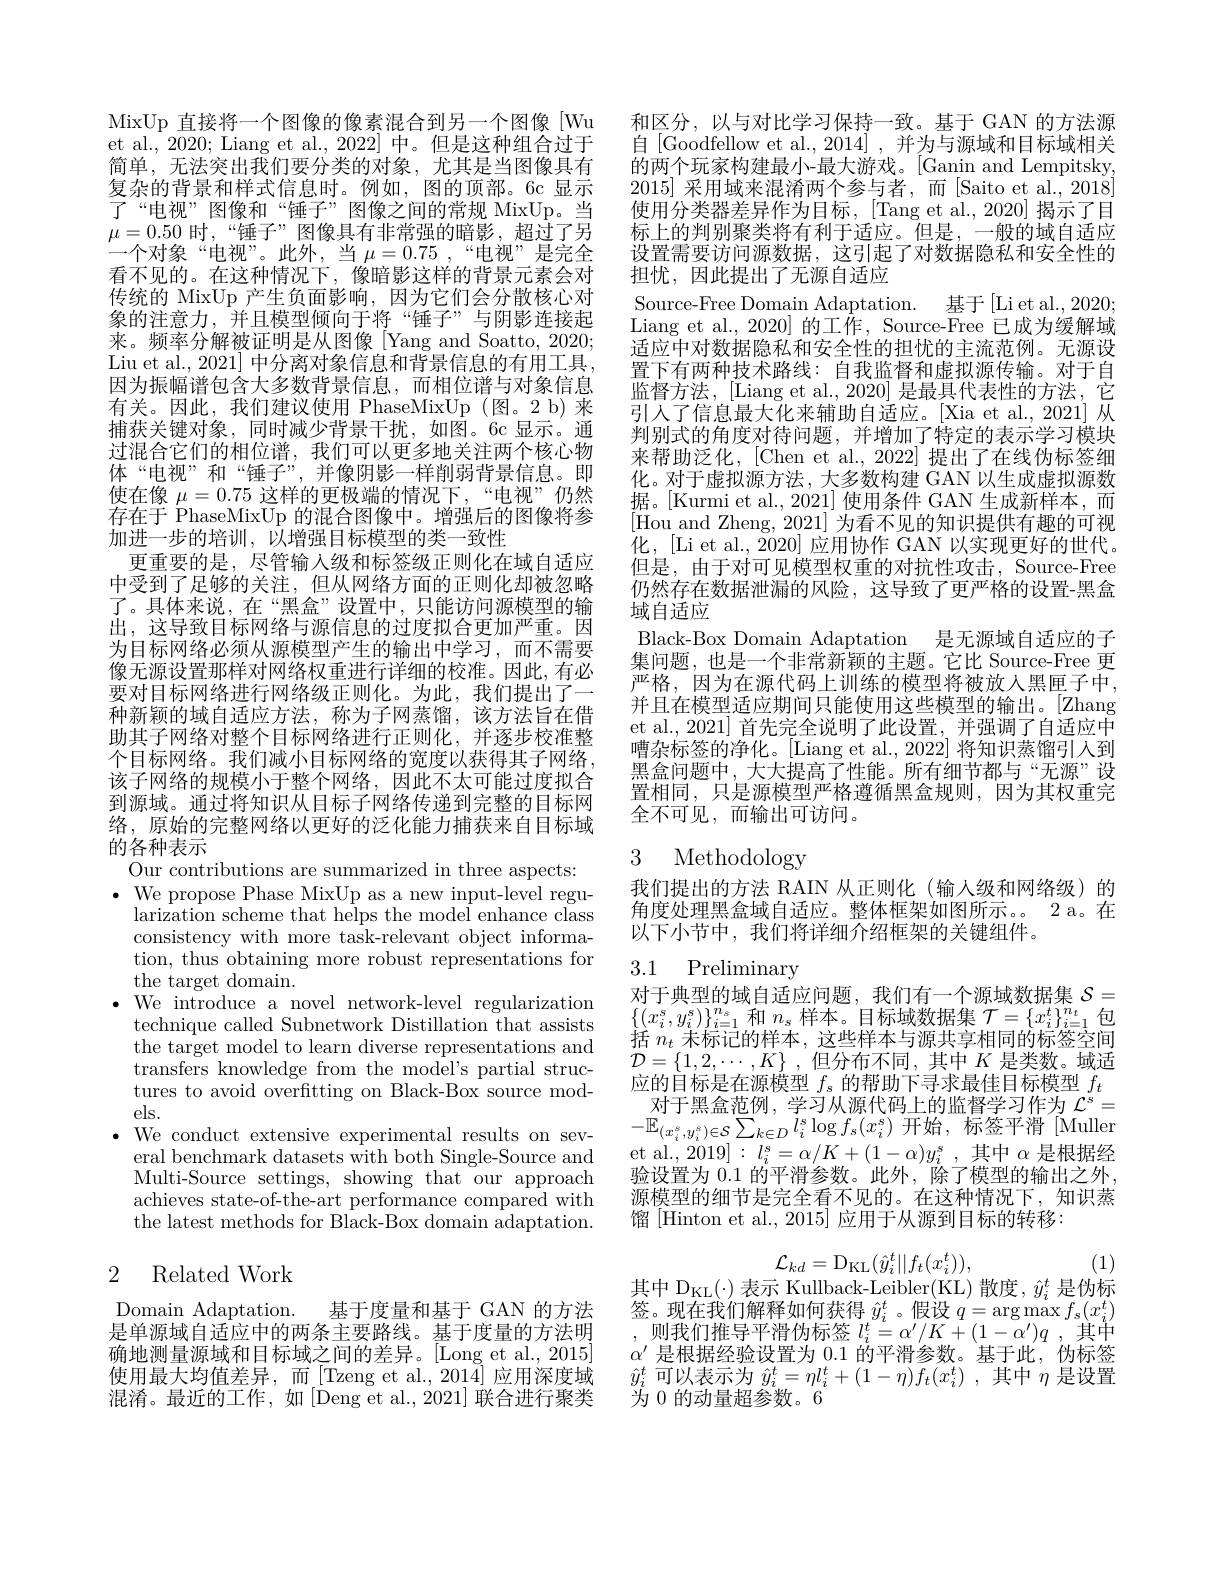
MixUp 直接将一个图像的像素混合到另一个图像[Wu et al., 2020; Liang et al., 2022] 中。但是这种组合过于简单，无法突出我们要分类的对象，尤其是当图像具有复杂的背景和样式信息时。例如，图的顶部。6c 显示了“电视”图像和“锤子”图像之间的常规 MixUp。当$\mu=0.50$时，“锤子”图像具有非常强的暗影，超过了另一个对象“电视”。此外，当$\mu=0.75$,“电视”是完全看不见的。在这种情况下，像暗影这样的背景元素会对传统的 MixUp 产生负面影响，因为它们会分散核心对象的注意力，并且模型倾向于将“锤子”与阴影连接起来。频率分解被证明是从图像[Yang and Soatto, 2020; Liu et al., 2021] 中分离对象信息和背景信息的有用工具因为振幅谱包含大多数背景信息，而相位谱与对象信息有关。因此，我们建议使用 PhaseMixUp(图。2 b)来捕获关键对象，同时减少背景干扰，如图。6c 显示。通过混合它们的相位谱，我们可以更多地关注两个核心物体“电视”和“锤子”,并像阴影一样削弱背景信息。即使在像$\mu=0.75$这样的更极端的情况下，“电视”仍然存在于 PhaseMixUp 的混合图像中。增强后的图像将参加进一步的培训，以增强目标模型的类一致性
更重要的是，尽管输入级和标签级正则化在域自适应中受到了足够的关注，但从网络方面的正则化却被忽略了。具体来说，在“黑盒”设置中，只能访问源模型的输出，这导致目标网络与源信息的过度拟合更加严重。因为目标网络必须从源模型产生的输出中学习，而不需要像无源设置那样对网络权重进行详细的校准。因此，有必要对目标网络进行网络级正则化。为此，我们提出了一种新颖的域自适应方法，称为子网蒸馏，该方法旨在借助其子网络对整个目标网络进行正则化，并逐步校准整个目标网络。我们减小目标网络的宽度以获得其子网络， 该子网络的规模小于整个网络，因此不太可能过度拟合到源域。通过将知识从目标子网络传递到完整的目标网络，原始的完整网络以更好的泛化能力捕获来自目标域的各种表示
Our contributions are summarized in three aspects: $\cdot{\mathrm{~We~propose~Phase~MixUp~as~a~new~input-level~regu-}}$ larization scheme that helps the model enhance class consistency with more task-relevant object information, thus obtaining more robust representations for the target domain.
$\bullet$ We introduce a novel network-level regularization
technique called Subnetwork Distillation that assists the target model to learn diverse representations and transfers knowledge from the model's partial structures to avoid overftting on Black-Box source models.
$\bullet$ We conduct extensive experimental results on sev-
eral benchmark datasets with both Single-Source and Multi-Source settings, showing that our approach achieves state-of-the-art performance compared with the latest methods for Black-Box domain adaptation.

## 2 Related Work

Domain Adaptation.
基于度量和基于 GAN 的方法
是单源域自适应中的两条主要路线。基于度量的方法明确地测量源域和目标域之间的差异。[Long et al., 2015] 使用最大均值差异，而[Tzeng et al.,2014]应用深度域混淆。最近的工作，如[Deng et al.,2021]联合进行聚类

和区分，以与对比学习保持一致。基于 GAN 的方法源自[Goodfellow et al.,2014],并为与源域和目标域相关的两个玩家构建最小-最大游戏。[Ganin and Lempitsky, 2015]采用域来混淆两个参与者，而|Saito et al.,2018使用分类器差异作为目标，[Tang et al.,2020] 揭示了目标上的判别聚类将有利于适应。但是，一般的域自适应设置需要访问源数据，这引起了对数据隐私和安全性的担忧，因此提出了无源自适应
Source-Free Domain Adaptation. 基于[Li et al., 2020; Liang et al., 2020] 的工作，Source-Free 已成为缓解域适应中对数据隐私和安全性的担忧的主流范例。无源设置下有两种技术路线：自我监督和虚拟源传输。对于自监督方法，[Liang et al., 2020] 是最具代表性的方法，它引人了信息最大化来辅助自适应。[Xia et al., 2021] 从判别式的角度对待问题，并增加了特定的表示学习模块来帮助泛化，[Chen et al.,2022] 提出了在线伪标签细化。对于虚拟源方法，大多数构建 GAN 以生成虚拟源数据。[Kurmi et al., 2021] 使用条件 GAN 生成新样本，而[Hou and Zheng, 2021] 为看不见的知识提供有趣的可视化，[Li et al., 2020] 应用协作 GAN 以实现更好的世代。但是，由于对可见模型权重的对抗性攻击，Source-Free 仍然存在数据泄漏的风险，这导致了更严格的设置-黑盒域自适应
Black-Box Domain Adaptation 是无源域自适应的子集问题，也是一个非常新颖的主题。它比 Source-Free 更严格，因为在源代码上训练的模型将被放人黑匣子中， 并且在模型适应期间只能使用这些模型的输出。[Zhang et al., 2021] 首先完全说明了此设置，并强调了自适应中嘈杂标签的净化。[Liang et al., 2022] 将知识蒸馏引入到黑盒问题中，大大提高了性能。所有细节都与“无源”设置相同，只是源模型严格遵循黑盒规则，因为其权重完全不可见，而输出可访问。

## 3 Methodology

我们提出的方法 RAIN 从正则化 (输入级和网络级)的角度处理黑盒域自适应。整体框架如图所示。。2 a。在以下小节中，我们将详细介绍框架的关键组件。

### 3.1 Preliminary

对于典型的域自适应问题，我们有一个源域数据集$\mathcal{S}=$ $\{(x_i^s,y_i^s)\}_{i=1}^{n_s}$和$n_\mathrm{s}$样本。目标域数据集$\mathcal{T}=\{x_i^t\}_i=1$包括$n_t$未标记的样本，这些样本与源共享相同的标签空间$\mathcal{D}=\left\{1,2,\cdots,K\right\}$,但分布不同，其中$K$ 是类数。域适应的目标是在源模型$f_s$的帮助下寻求最佳目标模型$f_t$
对于黑盒范例，学习从源代码上的监督学习作为$\mathcal{L}^s=$ $-\mathbb{E}_{(x_i^s,y_i^s)\in\mathcal{S}}\sum_{k\in D}l_i^s\log f_s(x_i^s)$开始，标签平滑[Mullen et al., 2019] : $l_i^s=\alpha/K+(1-\alpha)y_i^s$ ,其中$\alpha$是根据经验设置为0.1的平滑参数。此外，除了模型的输出之外， 源模型的细节是完全看不见的。在这种情况下，知识蒸馏 [Hinton et al., 2015] 应用于从源到目标的转移：
$$\mathcal{L}_{kd}=\mathrm{D}_{\mathrm{KL}}(\hat{y}_i^t||f_t(x_i^t)),$$
$\begin{array}{l}\text{其中 D}_{\mathrm{KL}}(\cdot)\text{ 表示 Kullback-Leibler(KL)散度，}\hat{y}_{i}^{t}\text{ 是伪标}\\\text{签。现在我们解释如何获得 }\hat{y}_{i}^{t}\text{ 。假设 }q=\arg\max f_{s}(x_{i}^{t})\end{array}$

(1)

,则我们推导平滑伪标签$l_i^t= \alpha ^{\prime }/ K+ ( 1- \alpha ^{\prime }) q$ ,其中$\alpha^{\prime}$是根据经验设置为0.1的平滑参数。基于此，伪标签$\hat{y}_i^t$可以表示为$\hat{y}_i^t=\eta l_i^t+(1-\eta)f_t(x_i^t)$ ,其中$\eta$是设置为 0 的动量超参数。6